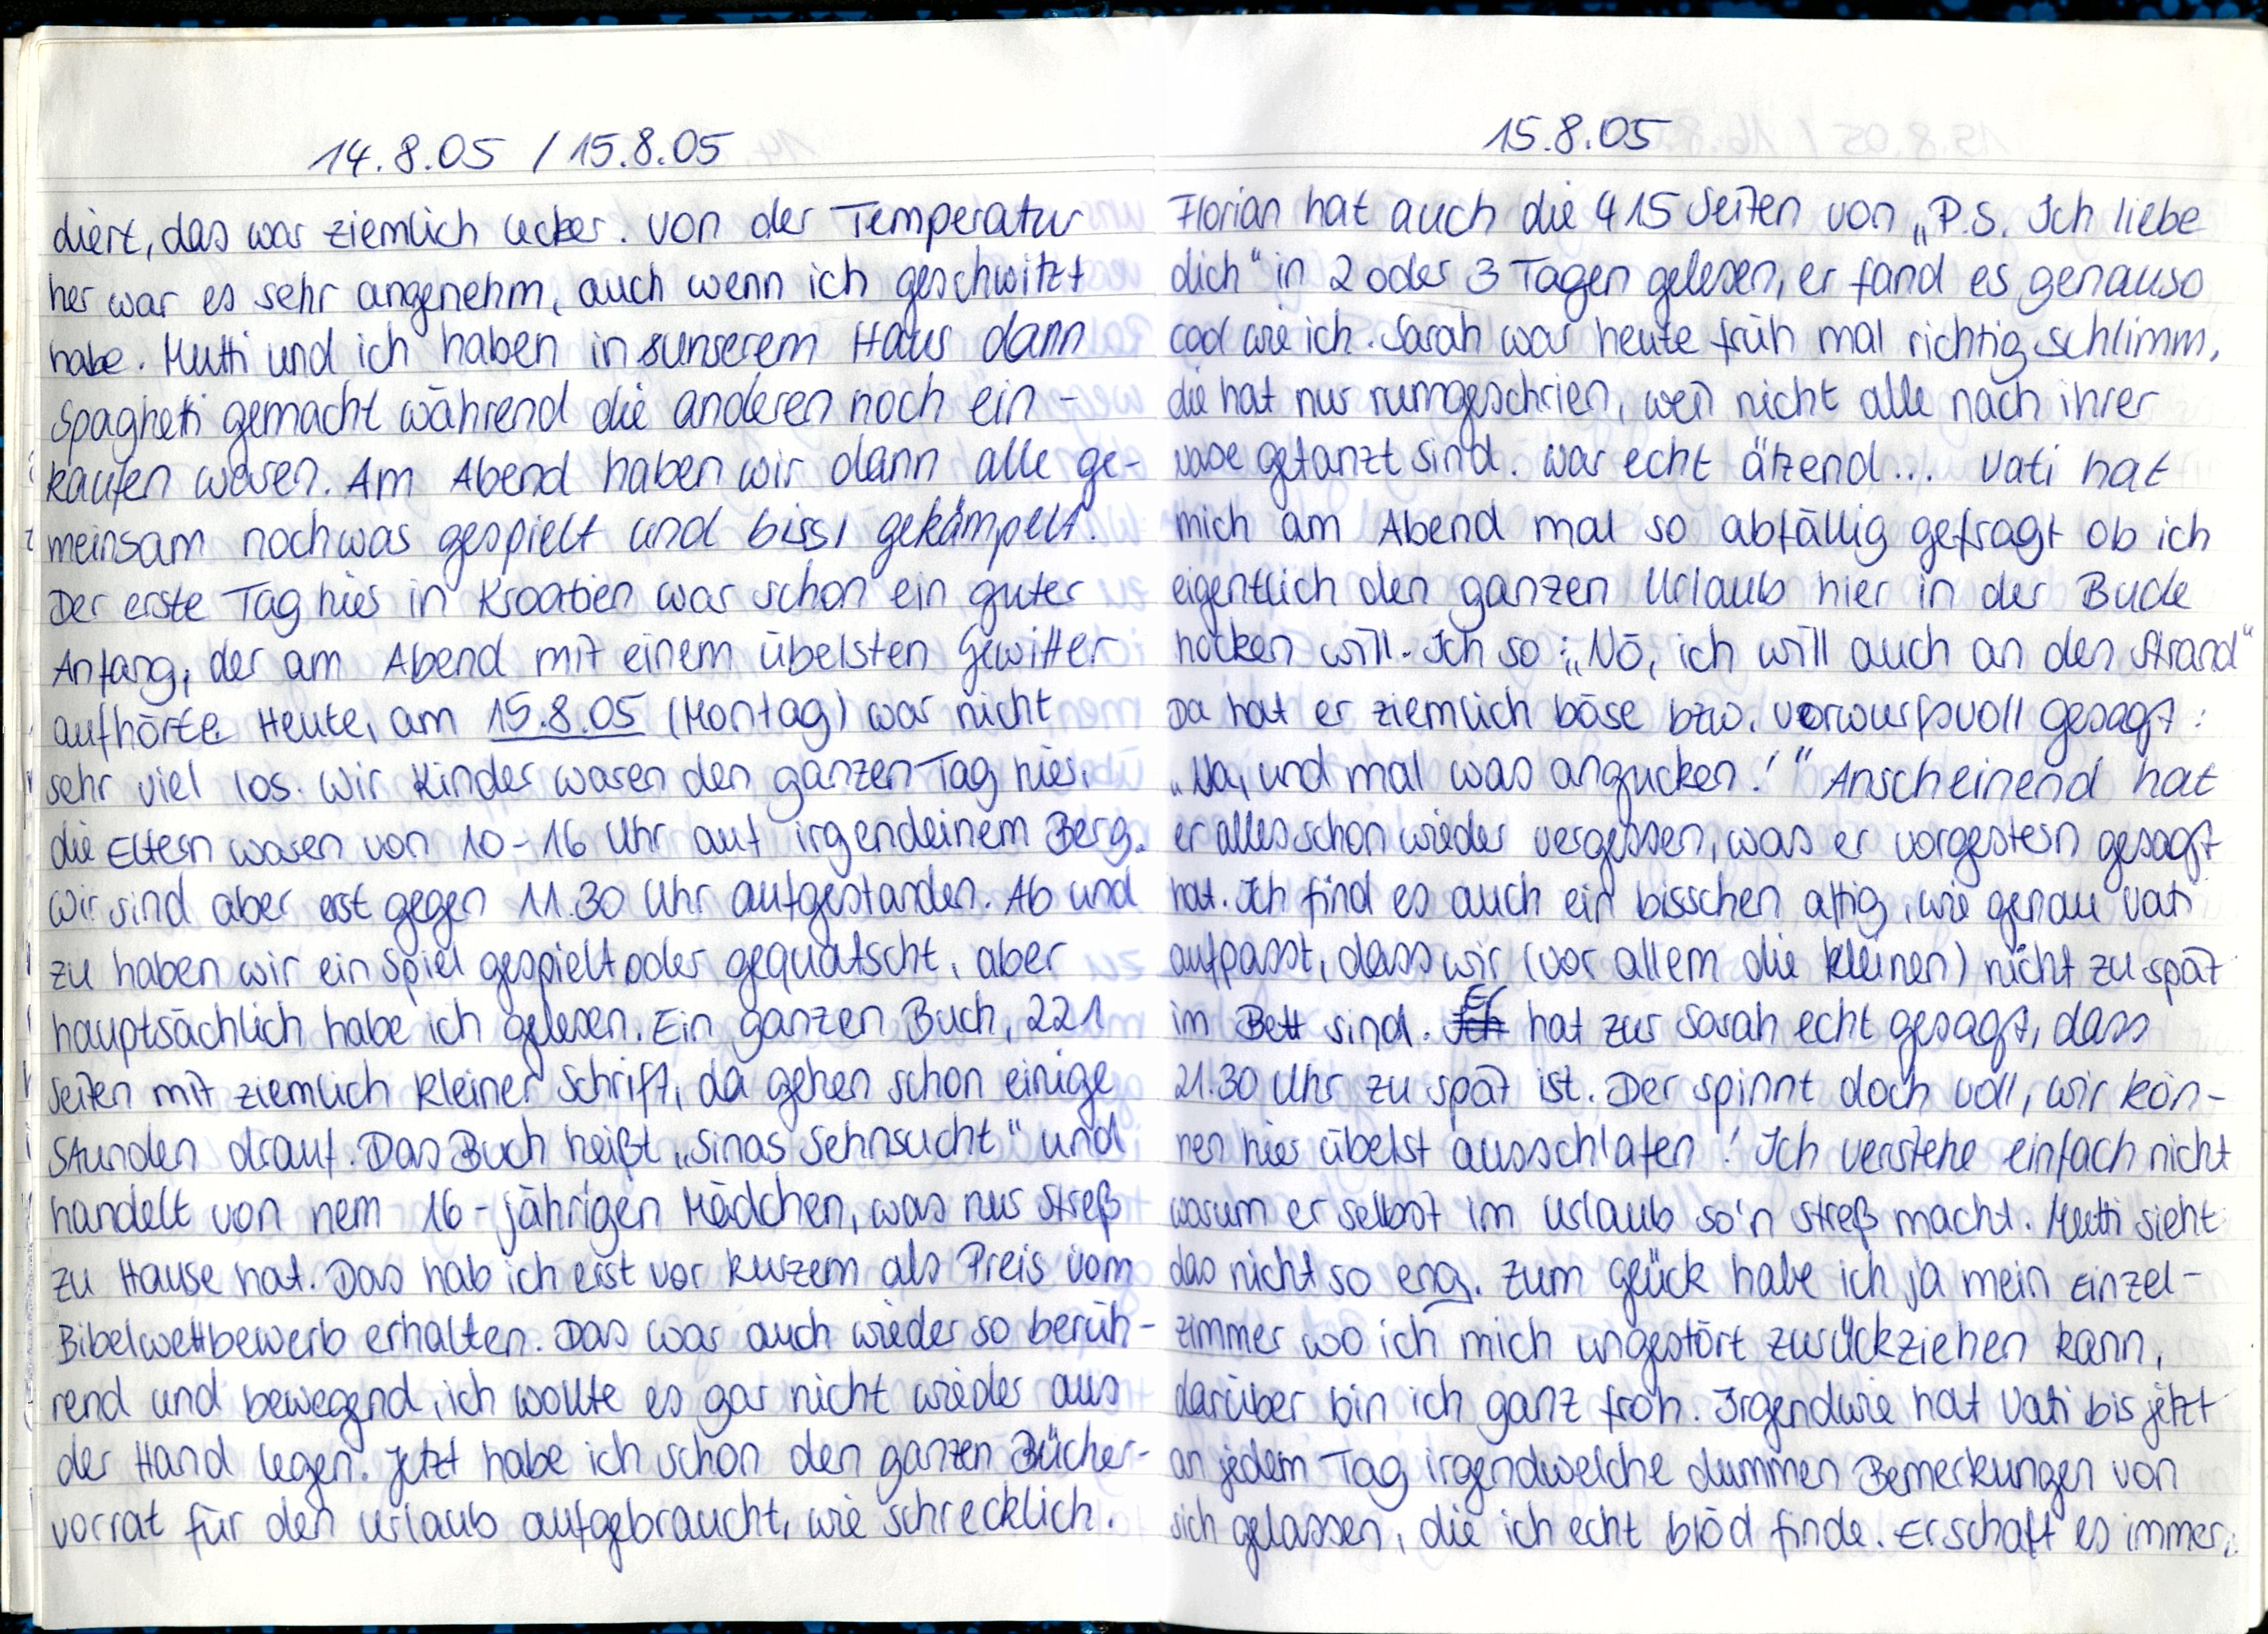
14.8.05 / 15.8.05
diert, das war ziemlich lecker. Von der Temperatur
her war es sehr angenehm, auch wenn ich geschwitzt
habe. Mutti und ich haben in unserem Haus dann
Spaghetti gemacht während die anderen noch ein-
kaufen waren. Am Abend haben wir dann alle ge-
meinsam noch was gespielt und bissl gekämpelt.
Der erste Tag hier in Kroatien war schon ein guter
Anfang, der am Abend mit einem übelsten Gewitter
aufhörte. Heute, am 15.8.05 (Montag) war nicht
sehr viel los. Wir Kinder waren den ganzen Tag hier,
die Eltern waren von 10-16 Uhr auf irgendeinem Berg.
Wir sind aber erst gegen 11.30 Uhr aufgestanden. Ab und
zu haben wir ein Spiel gespielt oder gequatscht, aber
hauptsächlich habe ich gelesen. Ein ganzen Buch, 221
Seiten mit ziemlich kleiner Schrift, da gehen schon einige
Stunden drauf. Das Buch heißt „Sinas Sehnsucht" und
handelt von nem 16-jährigen Mädchen, was nur Streß
zu Hause hat. Das hab ich erst vor kurzem als Preis vom
Bibelwettbewerb erhalten. Das war auch wieder so berüh-
rend und bewegend, ich wollte es gar nicht wieder aus
der Hand legen. Jetzt habe ich schon den ganzen Bücher-
vorrat für den Urlaub aufgebraucht, wie schrecklich.

15.8.05
Florian hat auch die 415 Seiten von „P.S. Ich liebe
dich" in 2 oder 3 Tagen gelesen, er fand es genauso
cool wie ich. Sarah war heute früh mal richtig schlimm,
die hat nur rumgeschrien, weil nicht alle nach ihrer
Nase getanzt sind. war echt ätzend... Vati hat
mich am Abend mal so abfällig gefragt ob ich
eigentlich den ganzen Urlaub hier in der Bude
hocken will. Ich so:„Nö, ich will auch an den Strand"
Da hat er ziemlich böse bzw. vorwurfsvoll gesagt:
„Na, und mal was angucken!" Anscheinend hat
er alles schon wieder vergessen, was er vorgestern gesagt
hat. Ich find es auch ein bisschen affig, wie genau Vati
aufpasst, dass wir (vor allem die kleinen) nicht zu spät
im Bett sind. Er hat zur Sarah echt gesagt, dass
21:30 Uhr zu spät ist. Der spinnt doch voll, wir kön-
nen hier übelst ausschlafen! Ich verstehe einfach nicht
warum er selbst im Urlaub so'n Streß macht. Mutti sieht
das nicht so eng. Zum Glück habe ich ja mein einzel-
zimmer wo ich mich ungestört zurückziehen kann,
darüber bin ich ganz froh. Irgendwie hat Vati bis jetzt
an jedem Tag irgendwelche dummen Bemerkungen von
sich gelassen, die ich echt blöd finde. Er schaft es immer,